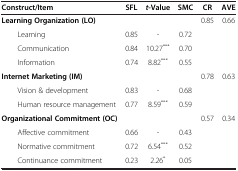
<table><thead><tr><td><b>Construct/Item</b></td><td><b>SFL</b></td><td><b><i>t</i>-Value</b></td><td><b>SMC</b></td><td><b>CR</b></td><td><b>AVE</b></td></tr></thead><tbody><tr><td><b>Learning Organization (LO)</b></td><td> </td><td> </td><td> </td><td>0.85</td><td>0.66</td></tr><tr><td>Learning</td><td>0.85</td><td>-</td><td>0.72</td><td> </td><td> </td></tr><tr><td>Communication</td><td>0.84</td><td>10.27<sup>***</sup></td><td>0.70</td><td> </td><td> </td></tr><tr><td>Information</td><td>0.74</td><td>8.82<sup>***</sup></td><td>0.55</td><td> </td><td> </td></tr><tr><td><b>Internet Marketing (IM)</b></td><td> </td><td> </td><td> </td><td>0.78</td><td>0.63</td></tr><tr><td>Vision &amp; development</td><td>0.83</td><td>-</td><td>0.68</td><td> </td><td> </td></tr><tr><td>Human resource management</td><td>0.77</td><td>8.59<sup>***</sup></td><td>0.59</td><td> </td><td> </td></tr><tr><td><b>Organizational Commitment (OC)</b></td><td> </td><td> </td><td> </td><td>0.57</td><td>0.34</td></tr><tr><td>Affective commitment</td><td>0.66</td><td>-</td><td>0.43</td><td> </td><td> </td></tr><tr><td>Normative commitment</td><td>0.72</td><td>6.54<sup>***</sup></td><td>0.52</td><td> </td><td> </td></tr><tr><td>Continuance commitment</td><td>0.23</td><td>2.26<sup>*</sup></td><td>0.05</td><td> </td><td> </td></tr></tbody></table>